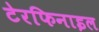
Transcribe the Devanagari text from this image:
टेरफिनाइल